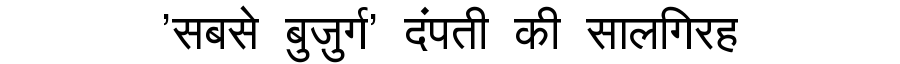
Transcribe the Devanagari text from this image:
'सबसे बुज़ुर्ग' दंपती की सालगिरह